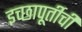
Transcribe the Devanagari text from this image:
इच्छापूर्तीची